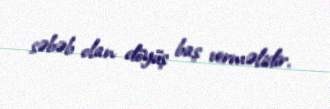
səbəb olan döyüş baş verməlidir.